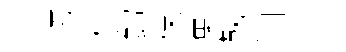
巧柈釣保集鞠间